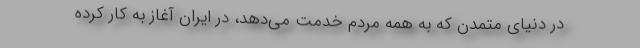
در دنیای متمدن که به همه مردم خدمت می‌دهد، در ایران آغاز به کار کرده